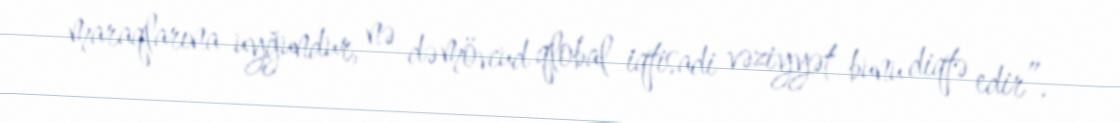
maraqlarına uyğundur, nə də mövcud qlobal iqtisadi vəziyyət bunu diqtə edir”.